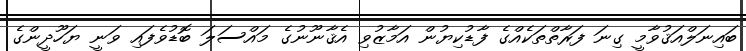
ބައިނަލްއަޤުވާމީ ގިނަ ފަރާތްތަކެއްގެ ފާޑުކިޔުން އަމާޒުވި އެޤާނޫނުގެ މައްސަލަ ބޮޑުވެފައި ވަނީ ޔަހޫދީންގެ